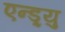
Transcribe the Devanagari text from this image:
एन्ड्र्यु